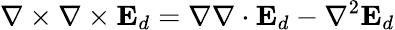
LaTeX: \nabla\times\nabla\times\mathbf{E}_{d}=\nabla\nabla\cdot\mathbf{E}_{d}-\nabla^{2}\mathbf{E}_{d}